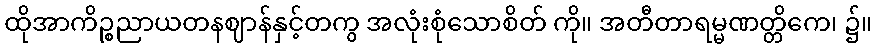
ထိုအာကိဉ္စညာယတနဈာန်နှင့်တကွ အလုံးစုံသောစိတ် ကို။ အတီတာရမ္မဏတ္တိကေ၊ ၌။